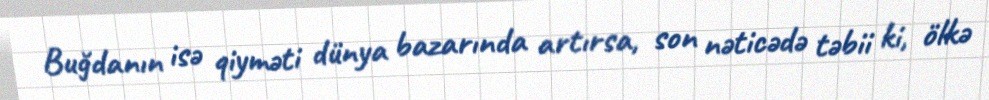
Buğdanın isə qiyməti dünya bazarında artırsa, son nəticədə təbii ki, ölkə